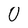
Character: 0